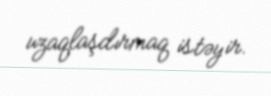
uzaqlaşdırmaq istəyir.